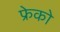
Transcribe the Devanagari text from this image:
फ्रेको